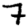
Digit: 7